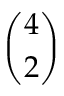
\binom { 4 } { 2 }